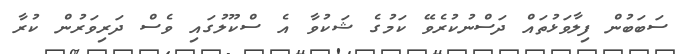
ސަބަބުން ފިލާވަޅުތައް ދަސްނުކުރެވޭ ކަމުގެ ޝަކުވާ އެ ސްކޫލުގައި ވެސް ދަރިވަރުން ކުރާ